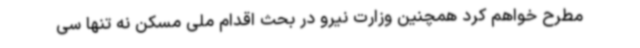
مطرح خواهم کرد همچنین وزارت نیرو در بحث اقدام ملی مسکن نه تنها سی